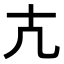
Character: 𭅠